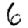
Digit: 6